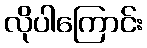
လိုပါကြောင်း